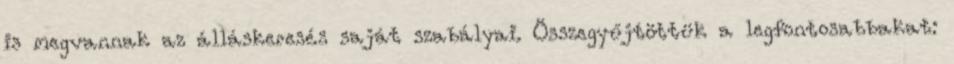
is megvannak az álláskeresés saját szabályai. Összegyűjtöttük a legfontosabbakat: